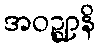
အဝဉ္ဈာနိ